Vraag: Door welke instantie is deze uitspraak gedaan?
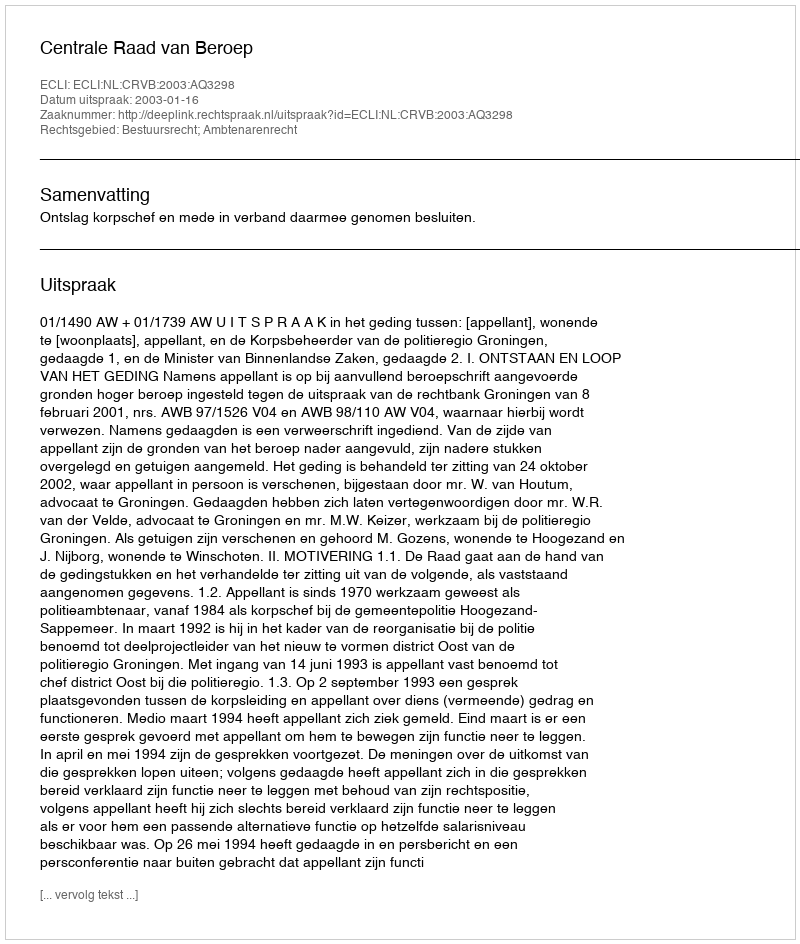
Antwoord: Centrale Raad van Beroep